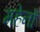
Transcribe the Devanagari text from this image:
महेनों